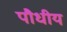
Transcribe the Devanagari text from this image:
पौधीय